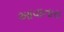
આવાનારા